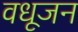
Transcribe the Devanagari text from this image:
वधूजन